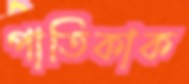
পাতিকাক